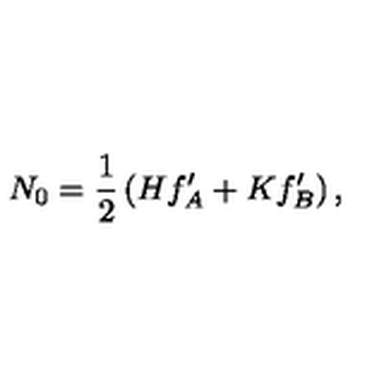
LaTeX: N _ { 0 } = \frac 1 2 \left( H f _ { A } ^ { \prime } + K f _ { B } ^ { \prime } \right) ,